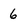
Character: 6